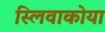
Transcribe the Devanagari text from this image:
स्लिवाकोया